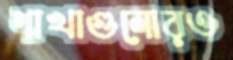
শাখাগুলোরও